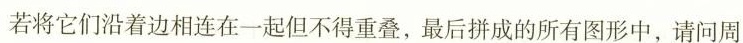
若将它们沿着边相连在一起但不得重叠，最后拼成的所有图形中，请问周